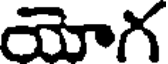
యోగ